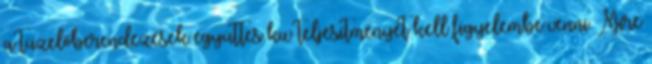
a tüzelőberendezések együttes kw teljesítményét kell figyelembe venni. Mire